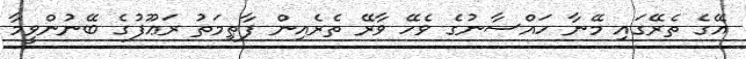
އޭގެ ތެރޭގައި މޭނާ ހައްސާނުގެ ވެހޭ ވާރޭ ތެރެއިން ފާޠިމަތު ރަޢޫފުގެ ބޭނުންވީމާ